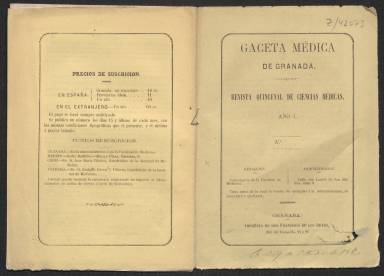
Título: Gaceta médica de Granada
Colección: Medicina
Ámbito geográfico: Granada
Lugar de publicación: Granada
Fechas: 30/04/1869-30/04/1869